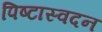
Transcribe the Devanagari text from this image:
पिष्टास्वदन